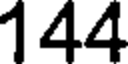
144